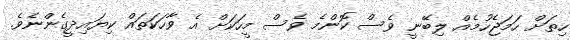
ހިތަށް ހަމަޖެހުމެއް ލިބޭނީ ވެސް ކޮންމެ ވެސް މީހަކަށް އެ ވާހަކަތައް ކިޔައިދީގެންނެވެ.